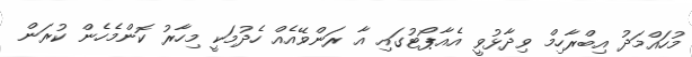
މުހައްމަދު އިބްރާހިމް ވިދާޅުވީ އެއާޕޯޓުގައި އާ ރަންވޭއެއް ހެދުމަކީ މިހާރު ކޮންމެހެން ކުރަން